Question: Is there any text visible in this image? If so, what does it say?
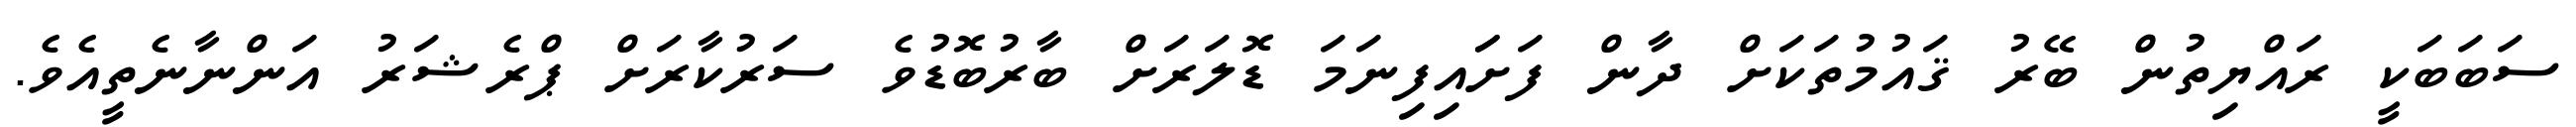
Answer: ސަބަބަކީ ރައްޔިތުން ބޭރު ޤައުމުތަކަށް ދާން ފަށަައިފިނަމަ ޑޮލަރަށް ބާރުބޮޑުވެ ސަރުކާރަށް ޕްރެޝަރު އަންނާނެތީއެވެ.